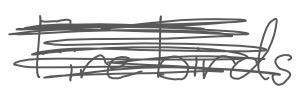
Text: Firebirds
Cross-out: scratch
Writing tool: digital_gray